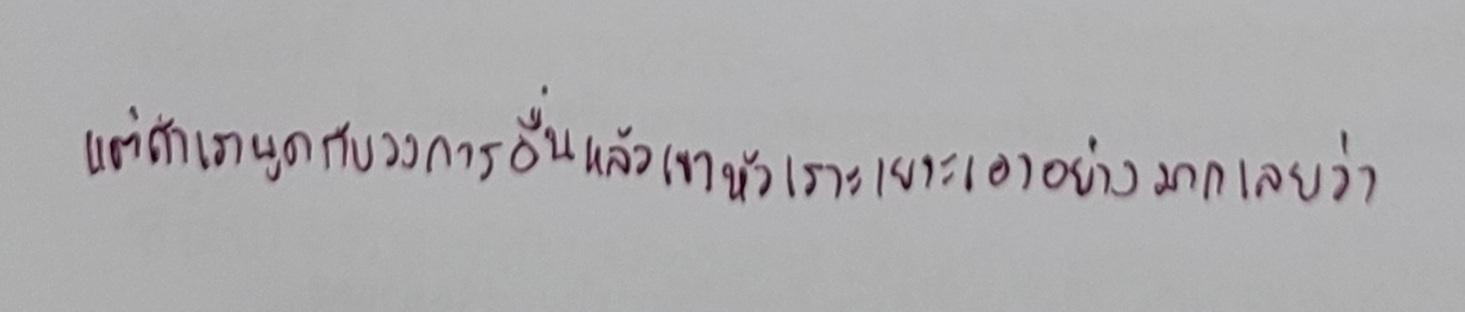
แต่ถ้าเราพูดกับวงการอื่นแล้วเขาหัวเราะเยาะเอาอย่างมากเลยว่า